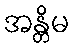
အန္တိမ